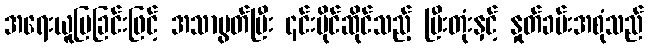
အရေးယူပြခြင်းဖြင့် အသာပွတ်ပြီး ၎င်းပိုင်ဆိုင်သည့် မြီးတုံးနှင့် နှုတ်ခမ်းအစုံသည်